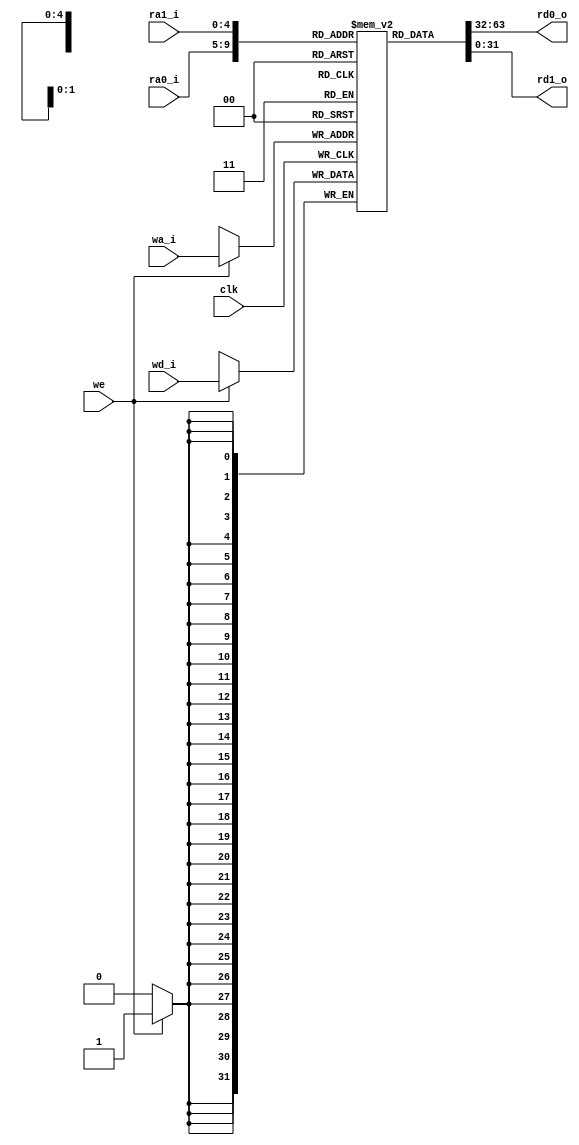
 module regfile(ra0_i,ra1_i,wa_i,wd_i,we,rd0_o,rd1_o,clk);
	input clk;
	input we;
	input [4:0] ra0_i,ra1_i,wa_i;
	input [31:0] wd_i;
	
	output [31:0] rd0_o,rd1_o;
	
	
	reg [31:0] regs[31:0];
/*	integer x;
	
	initial
	begin
	  for(x=0;x<32;x=x+1)
	    regs[x]<=0;
	end */
	
	  
	
	always@(posedge clk)
	begin
		if(we == 1)
			regs[wa_i] <= wd_i;
	end
	assign rd0_o = regs[ra0_i];
	assign rd1_o = regs[ra1_i];
	
endmodule